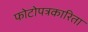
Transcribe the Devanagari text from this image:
फोटोपत्रकारिता